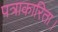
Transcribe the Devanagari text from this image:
पत्राकारिता।